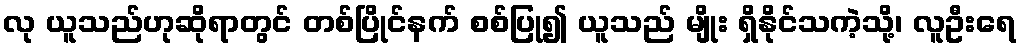
လု ယူသည်ဟုဆိုရာတွင် တစ်ပြိုင်နက် စစ်ပြု၍ ယူသည် မျိုး ရှိနိုင်သကဲ့သို့၊ လူဦးရေ